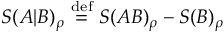
S ( A | B ) _ { \rho } \ { \stackrel { \mathrm { d e f } } { = } } \ S ( A B ) _ { \rho } - S ( B ) _ { \rho }